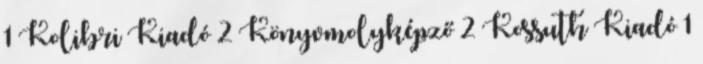
1 Kolibri Kiadó 2 Könyvmolyképző 2 Kossuth Kiadó 1